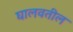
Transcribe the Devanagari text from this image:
घालवतील